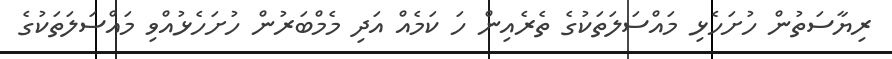
ރިޔާސަތުން ހުށަހެޅި މައްސަލަތަކުގެ ތެރެއިން ހަ ކަމެއް އަދި މެމްބަރުން ހުށަހެޅުއްވި މައްސަލަތަކުގެ